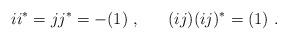
LaTeX: \begin{align*}ii^* = jj^* = -(1) ~, ~~~~~(ij)(ij)^* = (1) ~.\end{align*}